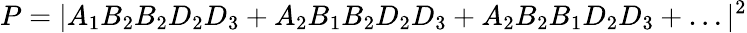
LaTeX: P=|A_{1}B_{2}B_{2}D_{2}D_{3}+A_{2}B_{1}B_{2}D_{2}D_{3}+A_{2}B_{2}B_{1}D_{2}D_{3}+\ldots|^{2}